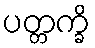
ပတ္တက္ခိ